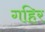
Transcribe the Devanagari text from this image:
गहिर